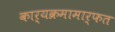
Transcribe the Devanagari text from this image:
कार्यक्रमामार्फत